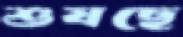
শুষছে